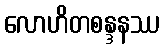
လောဟိတစန္ဒနဿ